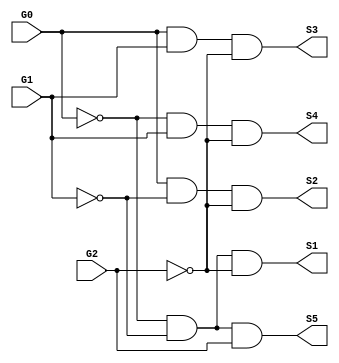
`timescale 1ns / 1ps
//////////////////////////////////////////////////////////////////////////////////
// Company: 
// Engineer: 
// 
// Design Name: 
// Module Name: StateDecoder
// Project Name: 
// Target Devices: 
// Tool Versions: 
// Description: 
// 
// Dependencies: 
// 
// Revision:
// Revision 0.01 - File Created
// Additional Comments:
// 
//////////////////////////////////////////////////////////////////////////////////
 module StateDecoder(G0, G1,G2, S1, S2, S3, S4, S5);
  input   G0;
  input   G1;
  input   G2;
  output  S1;
  output  S2;
  output  S3;
  output  S4;
  output  S5;
  assign S1 = (~G0) & (~G1) & (~G2);
  assign S2 = G0 & (~G1) & (~G2);
  assign S3 = G0 & G1 & (~G2);
  assign S4 = (~G0) & G1 & (~G2);
  assign S5 = (~G0) & (~G1) & G2;
  
endmodule